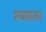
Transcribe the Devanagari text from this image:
स्थापत्या